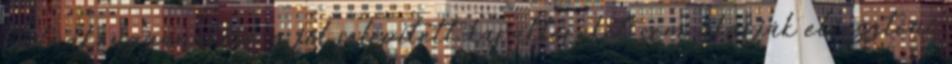
tudnak, ugyanakkor a jól felépített karaktereket sem akarják elveszteni